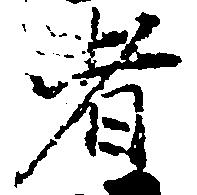
者